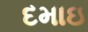
દમાઇ